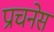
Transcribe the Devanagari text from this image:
प्राचनेस